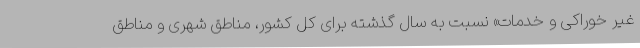
غیر خوراکی و خدمات» نسبت به سال گذشته برای کل کشور، مناطق شهری و مناطق